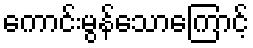
ကောင်းမွန်သောကြောင့်